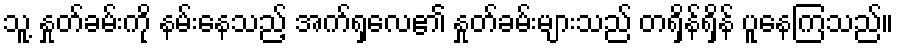
သူ့ နှုတ်ခမ်းကို နမ်းနေသည့် အက်ရှလေ၏ နှုတ်ခမ်းများသည် တရှိန်ရှိန် ပူနေကြသည်။